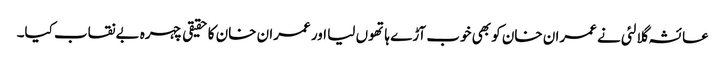
عائشہ گلالئی نے عمران خان کو بھی خوب آڑے ہاتھوں لیا اور عمران خان کا حقیقی چہرہ بےنقاب کیا۔